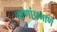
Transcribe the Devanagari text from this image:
वाणांप्रमाणे